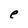
Character: e